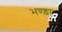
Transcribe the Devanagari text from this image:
भण्ड़ा